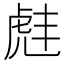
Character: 𫊠